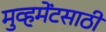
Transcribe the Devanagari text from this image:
मुव्हमेंटसाठी